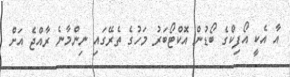
އާ އެކީ އޯފިކްގެ ބޯޑުން އޮކްޓޯބަރު މަހުގެ ތެރޭގައި ނިންމާނެ ރާއްޖެ އަށް